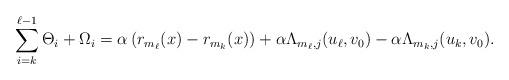
LaTeX: \begin{align*}\sum_{i=k}^{\ell-1}\Theta_i + \Omega_i = \alpha \left(r_{m_{\ell}}(x) - r_{m_{k}}(x)\right) + \alpha\Lambda_{m_{\ell},j}(u_{\ell},v_0) - \alpha\Lambda_{m_{k},j}(u_{k},v_0).\end{align*}